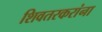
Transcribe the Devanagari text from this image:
शिवतरकरांना